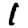
Digit: 1